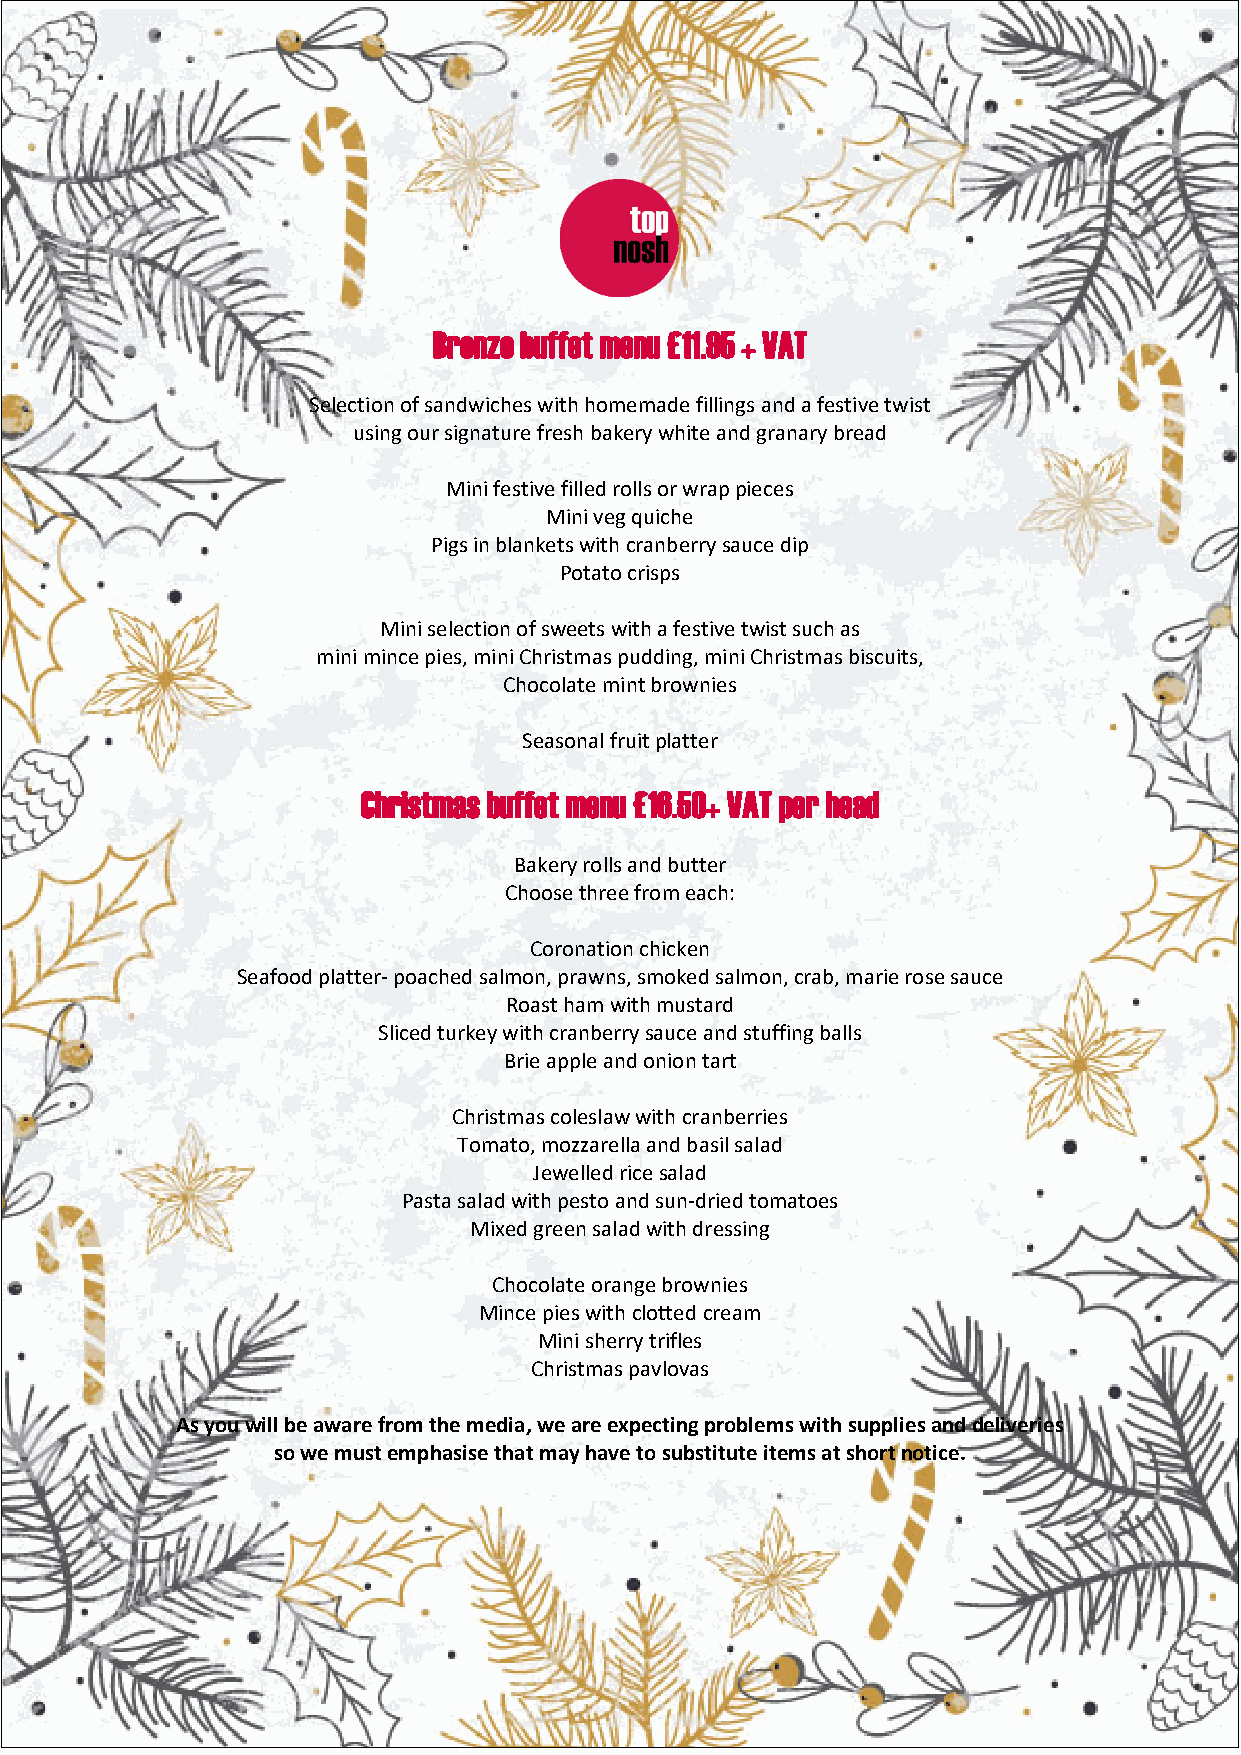
BBrroonnzzee bbuuffffeett mmeennuu ££1111..9955 ++ VVAATT
 SSeelleeccttiioonn ooff ssaannddwwiicchheess wwiitthh hhoommeemmaaddee ffiilllliinnggss aanndd aa ffeessttiivvee ttwwiisstt
 uussiinngg oouurr ssiiggnnaattuurree ffrreesshh bbaakkeerryy wwhhiittee aanndd ggrraannaarryy bbrreeaadd
 MMiinnii ffeessttiivvee ffiilllleedd rroollllss oorr wwrraapp ppiieecceess
 Mini veg quiche
 Pigs in blankeMtsin wi vitehg c qraunicbheer ry sauce dip
 Pigs in blanketPso wtaittho ccrraisnpbse rry sauce dip
 Mini selection of swPeoettast ow ictrhis ap sfe stive twist such as
 mini mince pies, mini Christmas p udding, mini Christmas biscuits,
 Mini selectionC hoof csowleateet sm winitth b ar ofewsntiivees twist such as
 mini mince pies, mini Christmas p udding, mini Christmas biscuits,
 ChSoecaosloantea lm friunitt bprloawttenrie s
 Christmas bufSfeeats omneanl furu £it1 p6l.a5tt0e+r VAT per head
 Christmas buffet menu £16.50+ VAT per head
 Bakery rolls and butter
 Choose three from each:
 Choose three from each:
 Coronatio n chicken
 Seafood platter‐ poached salmoCno, rpornaawtniosn, scmhiockkeedn salmon, crab, marie rose sauce
 Seafood platter‐ poached salmRooans,t phraamw nwsi,t shm mouksetda rsda lmon, crab, marie rose sauce
 Sliced turkey wRoitahs ct rhaanmbe wrriyth s amuucest aanrdd stuffing balls
 Sliced turkey wBriiteh acprapnleb earnrdy osanuiocne taanrdt stuffing balls
 Brie apple an d onion tart
 Christmas coleslaw with cranberries
 CThormisatmtoa, sm coozlezsalraewlla w ainthd cbraasnibl searlraieds
 Tomato,J emwoezlzlaerde rlliac ea nsadl abda sil salad
 Pasta salad witJhe wpeelslteod arnicde ssuanla‐ddr ied tomatoes
 Pasta saMlaidxe wdi tghre peens tsoa laandd w siuthn ‐ddrreiesdsi ntogm atoes
 Mixed green sala d with dressing
 Chocolate ora nge brownies
 MinBcea kpeierys rwoiltlsh acnlodt tbeudt tcerre am
 Mini sher ry trifles
 ChocCohlraitsetm oarasn pgaev lborvoaws nies
 Mince pies with clotted cream
 As you will be aware from the media, wMein ai rseh eerxrpye tcrtiifnlegs problems with supplies and deliveries
 so we must emphasise thatC mhraisyt hmaavse p taov slouvbasst itute items at short notice.
 As you will be aware from the media, we are expecting problems with supplies and deliveries so we must
 emphasise that may have to substitute items at short notice.